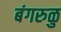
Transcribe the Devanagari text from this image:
बंगरुळु